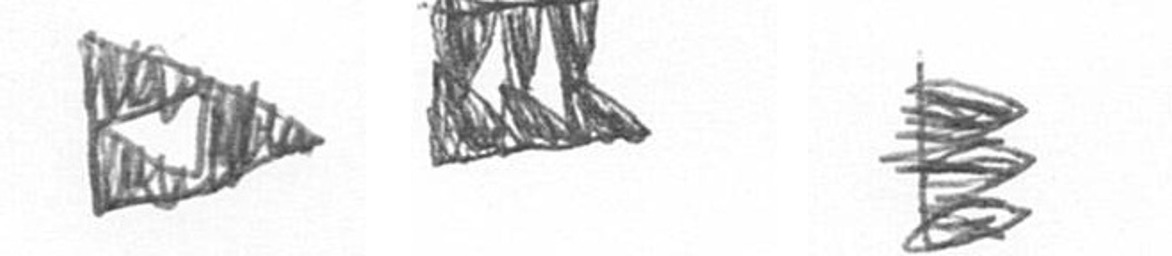
K D H